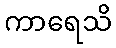
ကာရေသိ